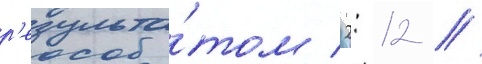
р'езульта́том 2: 12 //